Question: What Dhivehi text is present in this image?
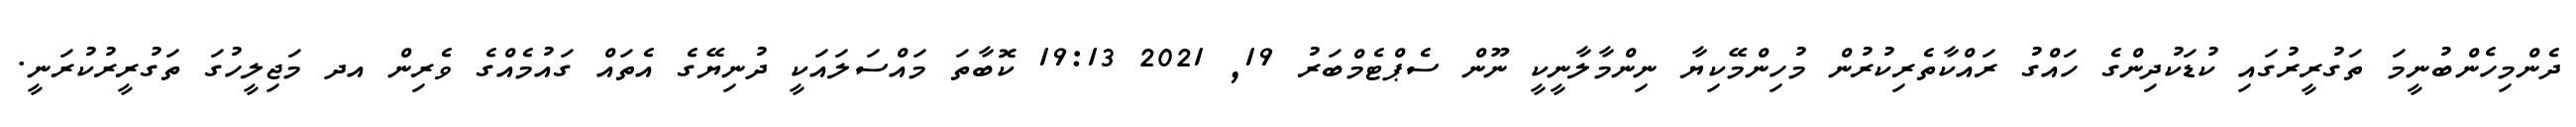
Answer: ދެންމިހެންބުނީމަ ތަގުރީރުގައި ކުޑަކުދިންގެ ހައްގު ރައްކާތެރިކުރުން މުހިންމޭކިޔާ ނިންމާލާނީކީ ނޫން ސެޕްޓެމްބަރު 19, 2021 19:13 ކޮބާތަ މައްސަލައަކީ ދުނިޔޭގެ އެތައް ގައުމެއްގެ ވެރިން އދ މަޖިލީހުގަ ތަގުރީރުކުރަނީ.